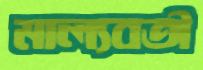
মাল্যবতী